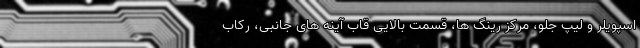
اسپویلر و لیپ جلو، مرکز رینگ ها، قسمت بالایی قاب آینه های جانبی، رکاب